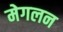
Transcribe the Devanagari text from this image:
मेगलन